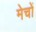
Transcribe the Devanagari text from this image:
मेचों